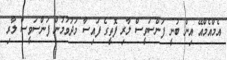
އެމްއެމްއޭ އިން ބުނީ ފަންސަވީސް ލާރި ފޮތީގެ ފައިސާ މަދުވުމުން ފަންސަވީސް ލާރި